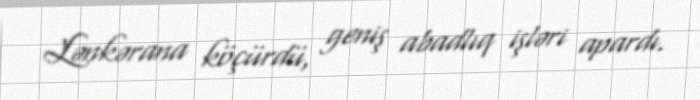
Lənkərana köçürdü, geniş abadlıq işləri apardı.